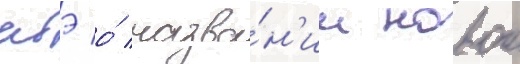
абэ о́ назва́н'ии новои